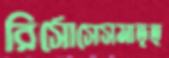
রির্সোসেসমাতৃত্